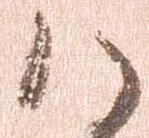
ハ